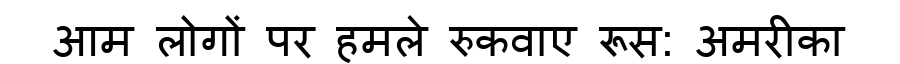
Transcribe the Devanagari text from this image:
आम लोगों पर हमले रुकवाए रूस: अमरीका